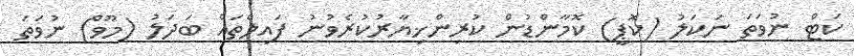
ކަޓް ނުވަތަ ނަކަލު (ކޮޕީ) ކޮމާންޑުން ކުރިންޚިޔާރުކުރެވުނު ފައިލްތައް ބަދަލު (މޫވް) ނުވަތަ